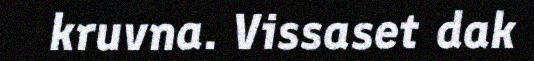
kruvna. Vissaset dak